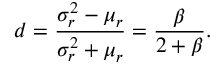
d = \frac { \sigma _ { r } ^ { 2 } - \mu _ { r } } { \sigma _ { r } ^ { 2 } + \mu _ { r } } = \frac { \beta } { 2 + \beta } .